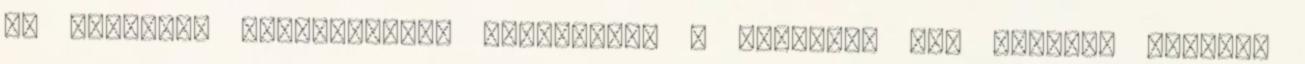
és nyomozás hiábavalónak bizonyult. A legújabb hír szerint Adolphe